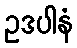
ဥဒပါနံ